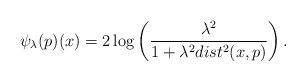
LaTeX: \begin{align*}\psi_{\lambda}(p)(x)=2\log\left(\frac{\lambda^2}{1+\lambda^2dist^2(x,p)}\right).\end{align*}